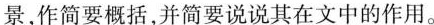
景,作简要概括,并简要说说其在文中的作用。